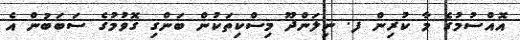
އޮއްސުމުގެ މާ ކުރިން ފ. ނިލަންދޫ މިސްކިތަކުން ބަންގި ގޮވުމުގެ ސަބަބުން އެ